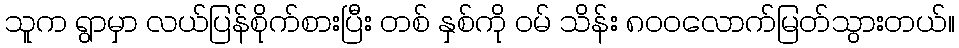
သူက ရွာမှာ လယ်ပြန်စိုက်စားပြီး တစ် နှစ်ကို ဝမ် သိန်း ၈၀၀လောက်မြတ်သွားတယ်။